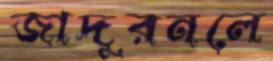
জাদুরনলে